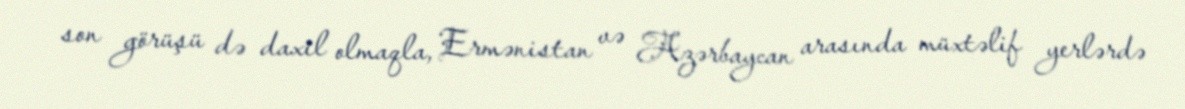
son görüşü də daxil olmaqla, Ermənistan və Azərbaycan arasında müxtəlif yerlərdə